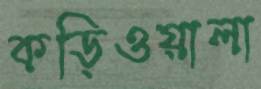
কড়িওয়ালা